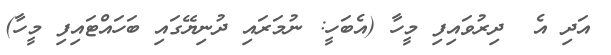
އަދި އެ  ދިރުވައިފި މީހާ (އެބަހީ: ނުމަރައި ދުނިޔޭގައި ބަހައްޓައިފި މީހާ)